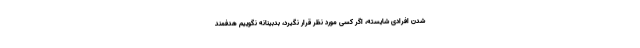
شدن افرادی شایسته، اگر کسی مورد نظر قرار نگیرد، بدبینانه نگوییم هدفمند